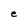
Character: e